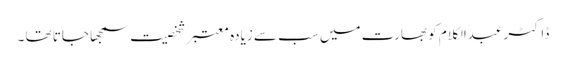
ڈاکٹر عبدالکلام کو بھارت میں سب سے زیادہ معتبر شخصیت سمجھا جاتا تھا ۔